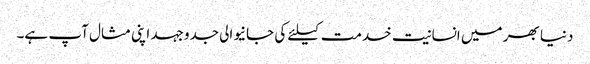
دنیا بھر میں انسانیت خدمت کیلئے کی جانیوالی جدوجہد اپنی مثال آپ ہے۔